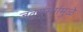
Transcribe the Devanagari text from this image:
जंतुसंसर्गमुळे